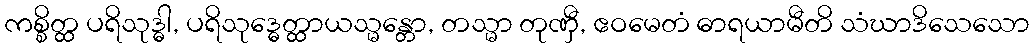
ကစ္စိတ္ထ ပရိသုဒ္ဓါ, ပရိသုဒ္ဓေတ္ထာယသ္မန္တော, တသ္မာ တုဏှီ, ဧဝမေတံ ဓာရယာမီတိ သံဃာဒိသေသော